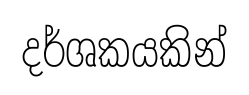
දර්ශකයකින්